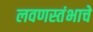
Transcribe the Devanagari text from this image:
लवणस्तंभाचे